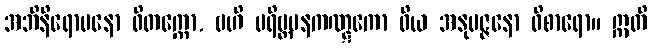
အဘိနိရောပနော ဝိတက္ကော, ဗဟိ ပရိဗ္ဘမနကဏ္ဋကော ဝိယ အနုမဇ္ဇနော ဝိစာရော။ ဣတိ